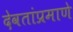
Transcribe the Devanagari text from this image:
देवतांप्रमाणे